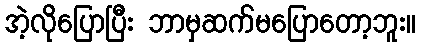
အဲ့လိုပြောပြီး ဘာမှဆက်မပြောတော့ဘူး။